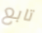
تابع